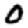
Digit: 0